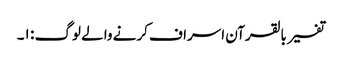
تفسیر بالقرآن اسراف کرنے والے لوگ : ١۔